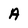
Character: A